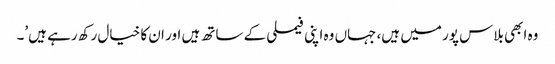
وہ ابھی بلاس پور میں ہیں، جہاں وہ اپنی فیملی کے ساتھ ہیں اور ان کا خیال رکھ رہے ہیں’۔